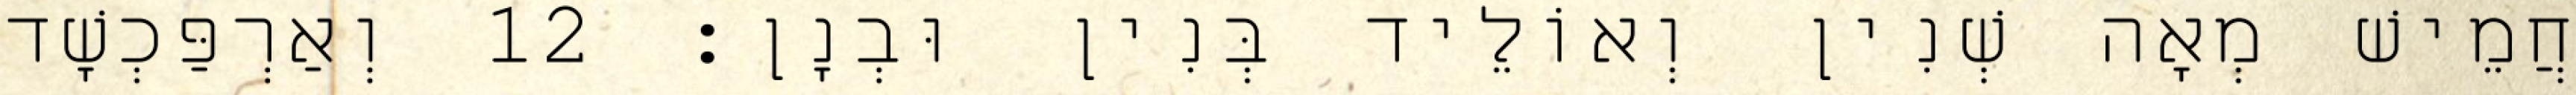
חֲמֵישׁ מְאָה שְׁנִין וְאוֹלֵיד בְּנִין וּבְנָן׃ 12 וְאַרְפַּכְשָׁד